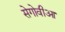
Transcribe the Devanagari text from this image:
सेगोवीआ